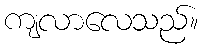
ကျလာလေသည်။